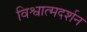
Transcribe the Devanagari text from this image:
विश्वात्मदर्शन